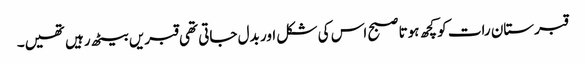
قبرستان رات کو کچھ ہوتا صبح اس کی شکل اور بدل جاتی تھی قبریں بیٹھ رہیں تھیں۔